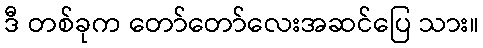
ဒီ တစ်ခုက တော်တော်လေးအဆင်ပြေ သား။